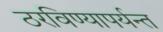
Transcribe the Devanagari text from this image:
ठरविण्यापर्यन्त